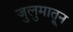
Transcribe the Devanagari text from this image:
जुलुमातून